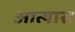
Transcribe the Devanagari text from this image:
आत्यास